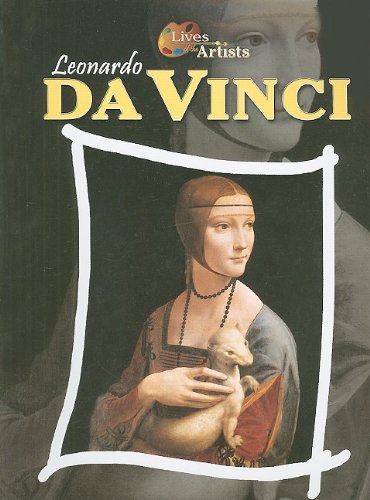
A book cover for Leonardo da Vinci (Lives of the Artists); Antony Mason; Teen & Young Adult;